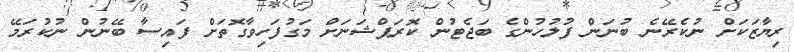
ރިޔާޒަކަށް ނުކެރޭނެ ބުނަން ފުލުހުންގެ ބަޖެޓުން ކޮރަޕްޝަނަށް މަގުފަހިވާގޮތަށް ފައިސާ ބޭނުން ނުކުރަމޭ